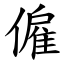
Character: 僱